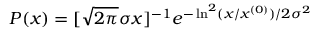
{ \cal P } ( x ) = [ \sqrt { 2 \pi } \sigma x ] ^ { - 1 } e ^ { - \ln ^ { 2 } ( x / x ^ { ( 0 ) } ) / 2 \sigma ^ { 2 } }